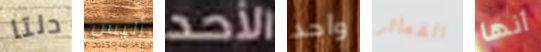
دلتا أليس الأحد واحد الشعائر أنها